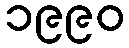
၁၉၉၀